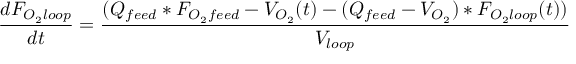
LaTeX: { \frac { d F _ { O _ { 2 } l o o p } } { d t } } = { \frac { ( Q _ { f e e d } * F _ { O _ { 2 } f e e d } - V _ { O _ { 2 } } ( t ) - ( Q _ { f e e d } - V _ { O _ { 2 } } ) * F _ { O _ { 2 } l o o p } ( t ) ) } { V _ { l o o p } } }